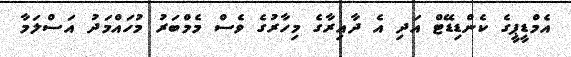
އެމްޑީޕީގެ ކެންޑިޑޭޓް އަދި އެ ދާއިރާގެ މިހާރުގެ ވެސް މެމްބަރު މުހައްމަދު އަސްލަމާ